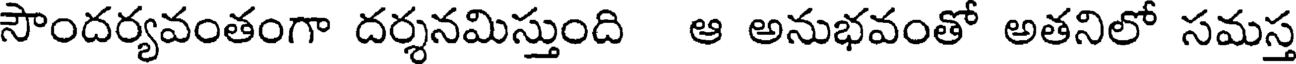
సౌందర్యవంతంగా దర్శనమిస్తుంది ఆ అనుభవంతో అతనిలో సమస్త